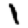
Digit: 1